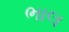
ભાલ